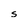
Character: s